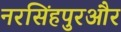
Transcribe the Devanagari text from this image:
नरसिंहपुरऔर